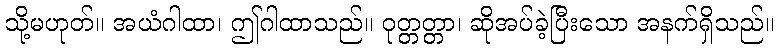
သို့မဟုတ်။ အယံဂါထာ၊ ဤဂါထာသည်။ ဝုတ္တတ္တာ၊ ဆိုအပ်ခဲ့ပြီးသော အနက်ရှိသည်။